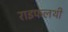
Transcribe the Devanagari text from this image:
राइफलथी